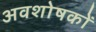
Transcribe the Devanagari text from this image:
अवशोषकों